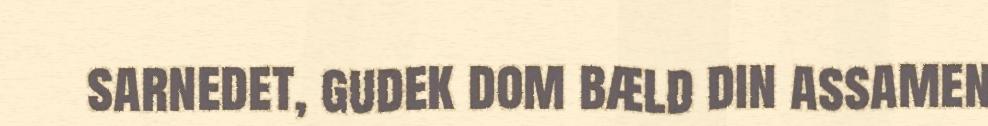
sarnedet, gudek dom bæld din assamen